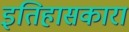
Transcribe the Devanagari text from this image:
इतिहासकारा